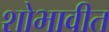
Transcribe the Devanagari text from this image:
शोभावीत